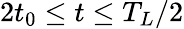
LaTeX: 2t_{0}\le t\le T_{L}/2